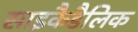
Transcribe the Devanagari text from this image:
साइकैडैलिक